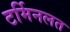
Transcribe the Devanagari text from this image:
टर्मिनलत